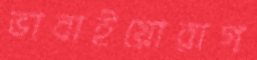
ভাবাইয়োরাগ